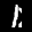
Label: 1